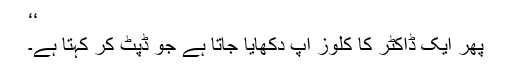
‘‘
پھر ایک ڈاکٹر کا کلوز اپ دکھایا جاتا ہے جو ڈپٹ کر کہتا ہے۔